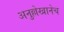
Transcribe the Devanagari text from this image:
अनुल्लेखानेच